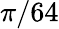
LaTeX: \pi/64